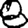
Digit: 8